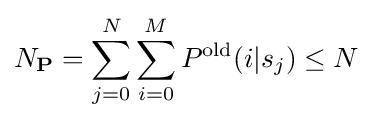
N_{\mathbf {P} }=\sum _{j=0}^{N}\sum _{i=0}^{M}P^{\text{old}}(i|s_{j})\leq N